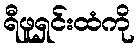
ရီဖူရှင်းထံကို